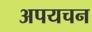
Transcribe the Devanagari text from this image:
अपयचन